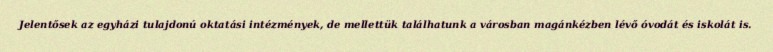
Jelentősek az egyházi tulajdonú oktatási intézmények, de mellettük találhatunk a városban magánkézben lévő óvodát és iskolát is.